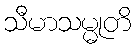
သီမာသမ္မုတိ